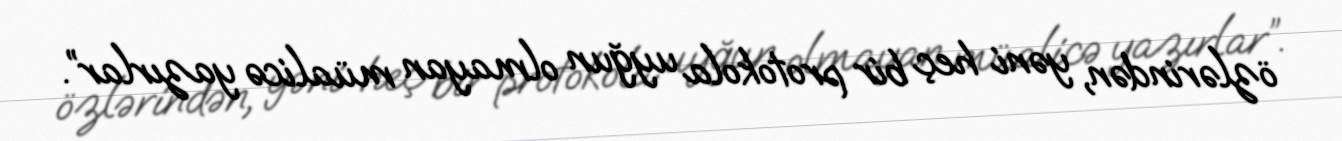
özlərindən, yəni heç bir protokola uyğun olmayan müalicə yazırlar”.